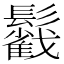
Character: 𩯰